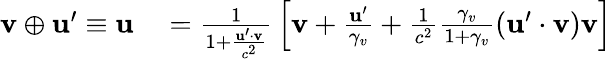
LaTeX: \begin{array}{rl}{\mathbf{v}\oplus\mathbf{u}^{\prime}\equiv\mathbf{u}}&{{}={\frac{1}{1+{\frac{\mathbf{u}^{\prime}\cdot\mathbf{v}}{c^{2}}}}}\left[\mathbf{v}+{\frac{\mathbf{u}^{\prime}}{\gamma_{v}}}+{\frac{1}{c^{2}}}{\frac{\gamma_{v}}{1+\gamma_{v}}}(\mathbf{u}^{\prime}\cdot\mathbf{v})\mathbf{v}\right]}\end{array}